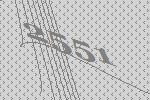
2551